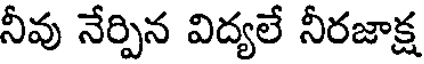
నీవు నేర్పిన విద్యలే నీరజాక్ష